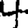
Digit: 4